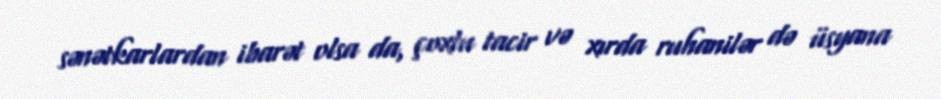
sənətkarlardan ibarət olsa da, çoxlu tacir və xırda ruhanilər də üsyana